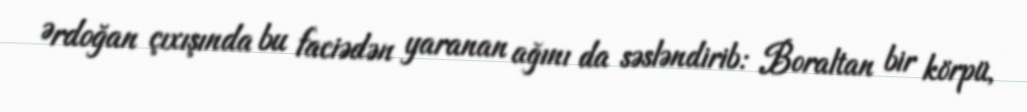
Ərdoğan çıxışında bu faciədən yaranan ağını da səsləndirib: Boraltan bir körpü,